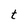
Character: t